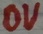
Text: 0V